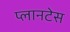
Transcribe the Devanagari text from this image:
प्लानटेस